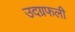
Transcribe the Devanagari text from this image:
उदग्रफली